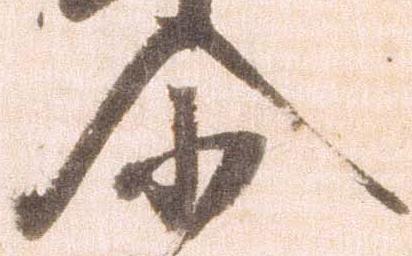
尓